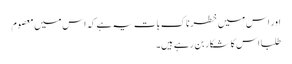
اور اس میں خطرناک بات یہ ہے کہ اس میں معصوم
طلبا اس کا شکار بن رہے ہیں۔